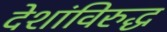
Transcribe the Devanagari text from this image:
देशांविरुद्ध